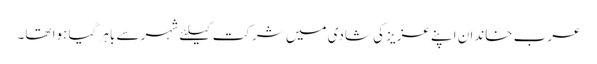
عرب خاندان اپنے عزیز کی شادی میں شرکت کیلئے شہر سے باہر گیا ہوا تھا۔